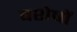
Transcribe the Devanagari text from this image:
वशेषों